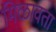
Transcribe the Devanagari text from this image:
मिळावता